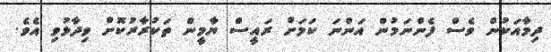
ދިމާއަކުން ވެސް ފެންނަމުން އަންނަ ކަމަށް ރައީސް ޔާމީން ތަކުރާރުކޮށް ވިދާޅުވި އެވެ.